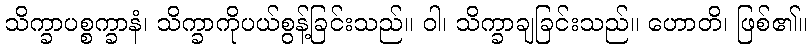
သိက္ခာပစ္စက္ခာနံ၊ သိက္ခာကိုပယ်စွန့်ခြင်းသည်။ ဝါ၊ သိက္ခာချခြင်းသည်။ ဟောတိ၊ ဖြစ်၏။